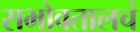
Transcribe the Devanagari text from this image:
सभोवतालचं